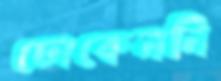
ঢোকেননি